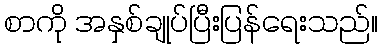
စာကို အနှစ်ချုပ်ပြီးပြန်ရေးသည်။